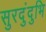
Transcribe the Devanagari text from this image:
सुरदुंदुभि